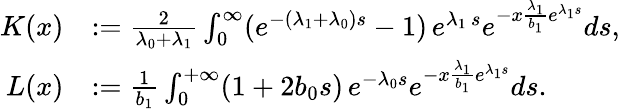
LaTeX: \begin{array}{rl}{K(x)}&{:=\frac{2}{\lambda_{0}+\lambda_{1}}\int_{0}^{\infty}(e^{-(\lambda_{1}+\lambda_{0})s}-1)\, e^{\lambda_{1}\, s}e^{-x\frac{\lambda_{1}}{b_{1}}e^{\lambda_{1}s}}ds,}\\ {L(x)}&{:=\frac{1}{b_{1}}\int_{0}^{+\infty}(1+2b_{0}s)\, e^{-\lambda_{0}s}e^{-x\frac{\lambda_{1}}{b_{1}}e^{\lambda_{1}s}}ds.}\end{array}